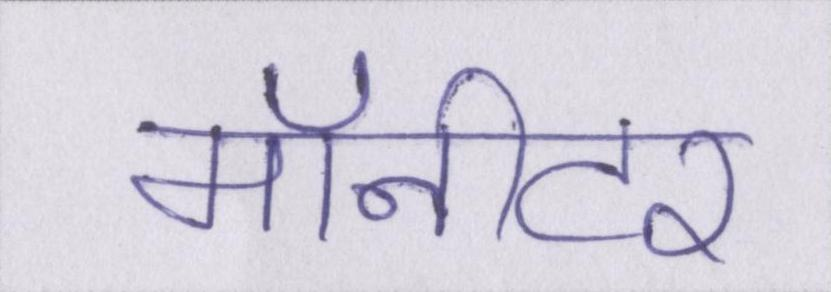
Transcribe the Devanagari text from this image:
मॉनीटर